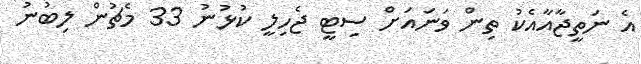
އެ ނަތީޖާއާއެކު ތިން ވަނައަށް ސިޓީ ޖެހިލީ ކުޅުނު 33 މެޗުން ލިބުނު